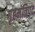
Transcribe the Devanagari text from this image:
गृहमंत्रिपद